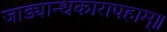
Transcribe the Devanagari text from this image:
जाड्यान्धकारापहाम्‌॥